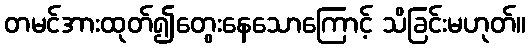
တမင်အားထုတ်၍တွေးနေသောကြောင့် သိခြင်းမဟုတ်။